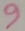
Text: 9